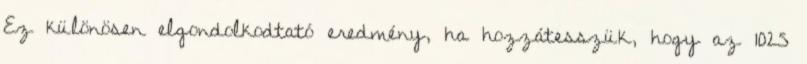
Ez különösen elgondolkodtató eredmény, ha hozzátesszük, hogy az 1025